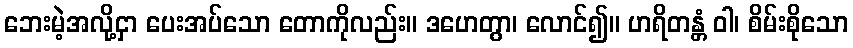
ဘေးမဲ့အလို့ငှာ ပေးအပ်သော တောကိုလည်း။ ဒဟေတွာ၊ လောင်၍။ ဟရိတန္တံ ဝါ၊ စိမ်းစိုသော